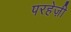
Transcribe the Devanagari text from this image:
परहेज़ी